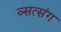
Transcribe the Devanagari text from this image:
व्सत्संग